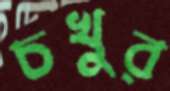
চখুর